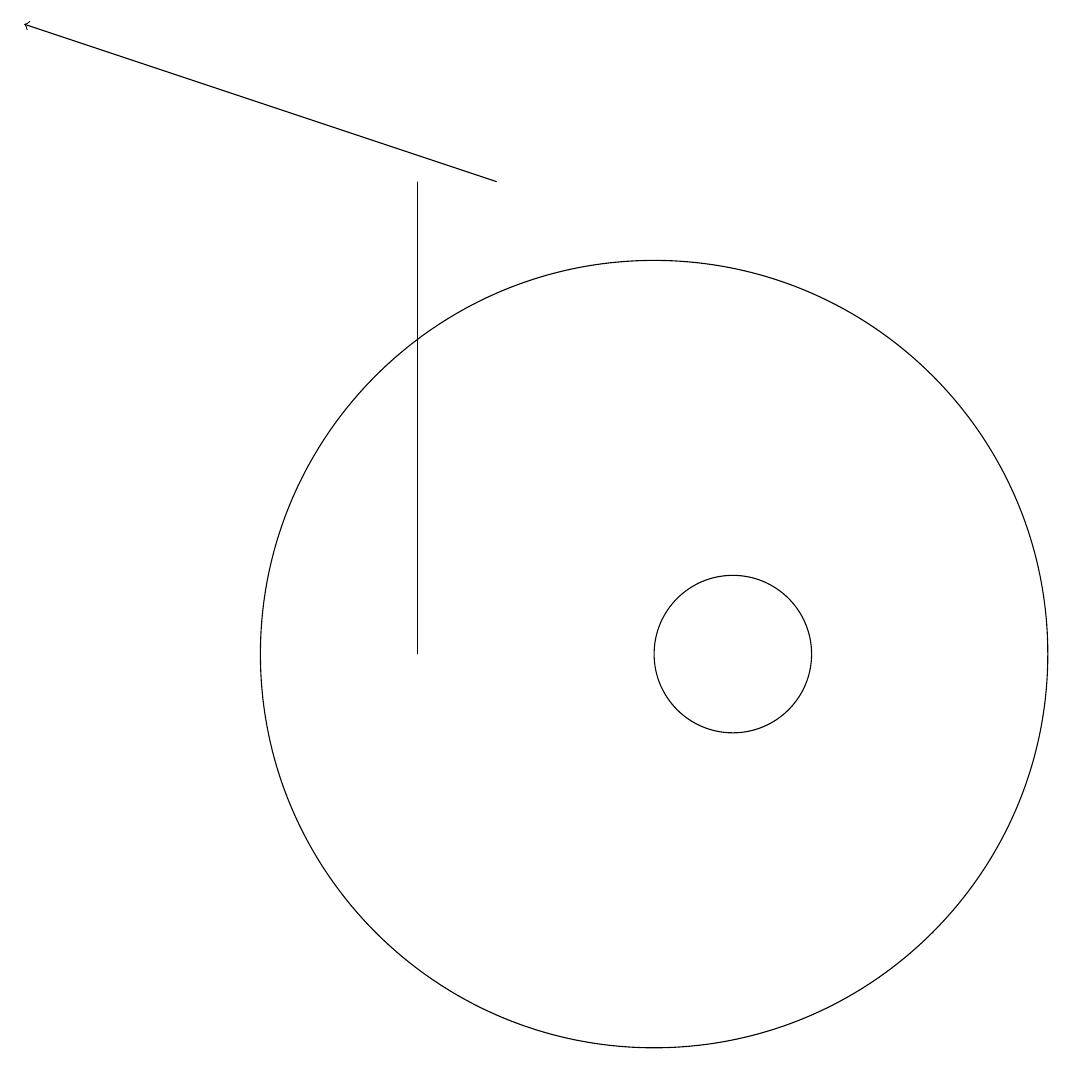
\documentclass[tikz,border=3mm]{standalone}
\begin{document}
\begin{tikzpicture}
\draw (11,10) circle (5);
\draw (8,10) rectangle (8,16);
\draw[->] (9,16) -- (3,18);
\draw (12,10) circle (1);
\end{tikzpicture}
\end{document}